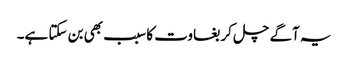
یہ آگے چل کر بغاوت کا سبب بھی بن سکتا ہے۔